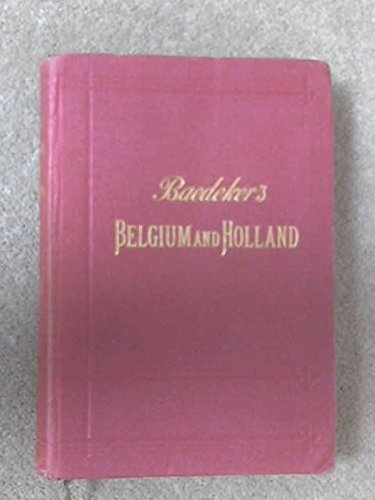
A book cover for Belgium and Holland,: Including the grand-duchy of Luxembourg. Handbook for travellers; Karl Baedeker; Travel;